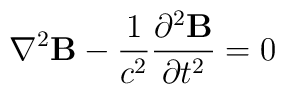
{\bf \nabla}^2 {\bf B} -{1\over c^2}{\partial^2 {\bf B} \over \partial t^2} =0